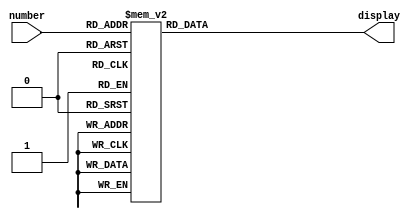
module Sla(number, display);

input [3:0] number;
output reg [0:6] display;

always @ (number) begin
	case (number)
		1: display <= 7'b1001111;
		2: display <= 7'b0010010;
		3: display <= 7'b0000110;
		4: display <= 7'b1001100;
		5: display <= 7'b0100100;
		6: display <= 7'b0100000;
		7: display <= 7'b0001101;
		8: display <= 7'b0000000;
		9: display <= 7'b0000100;
		default: display <= 7'b0000001;
	endcase
end

endmodule